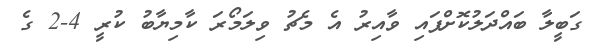
ގަބީލާ ބައްދަލުކޮށްފައި ވާއިރު އެ މެޗު ވިލަމޯރަ ކާމިޔާބު ކުރީ 4-2 ގެ